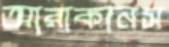
আরাকানস